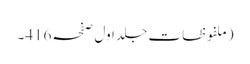
(ملفوظات جلد اول صفحہ416۔